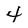
Character: 4